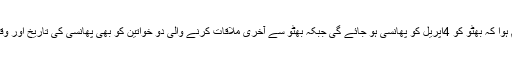
ان کوکیسے معلوم ہوا کہ بھٹو کو 4اپریل کو پھانسی ہو جائے گی جبکہ بھٹو سے آخری ملاقات کرنے والی دو خواتین کو بھی پھانسی کی تاریخ اور وقت کا پتہ نہیں تھا۔